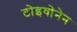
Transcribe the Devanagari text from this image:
टोइवोनेन